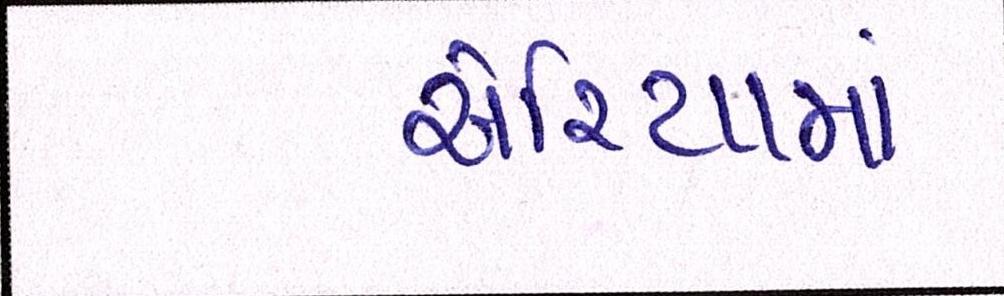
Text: એરિયામાં